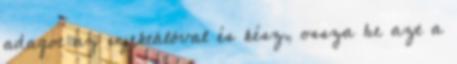
adagot az injektálóval és kész, ossza be azt a